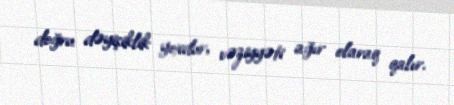
doğru dəyişiklik yoxdur, vəziyyəti ağır olaraq qalır.